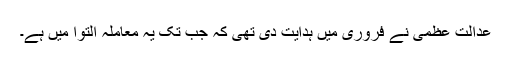
عدالت عظمیٰ نے فروری میں ہدایت دی تھی کہ جب تک یہ معاملہ التوا میں ہے۔